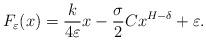
LaTeX: \begin{align*}\begin{gathered} F_\varepsilon(x)=\frac{k}{4\varepsilon}x-\frac{\sigma}{2}Cx^{H-\delta}+\varepsilon. \end{gathered}\end{align*}